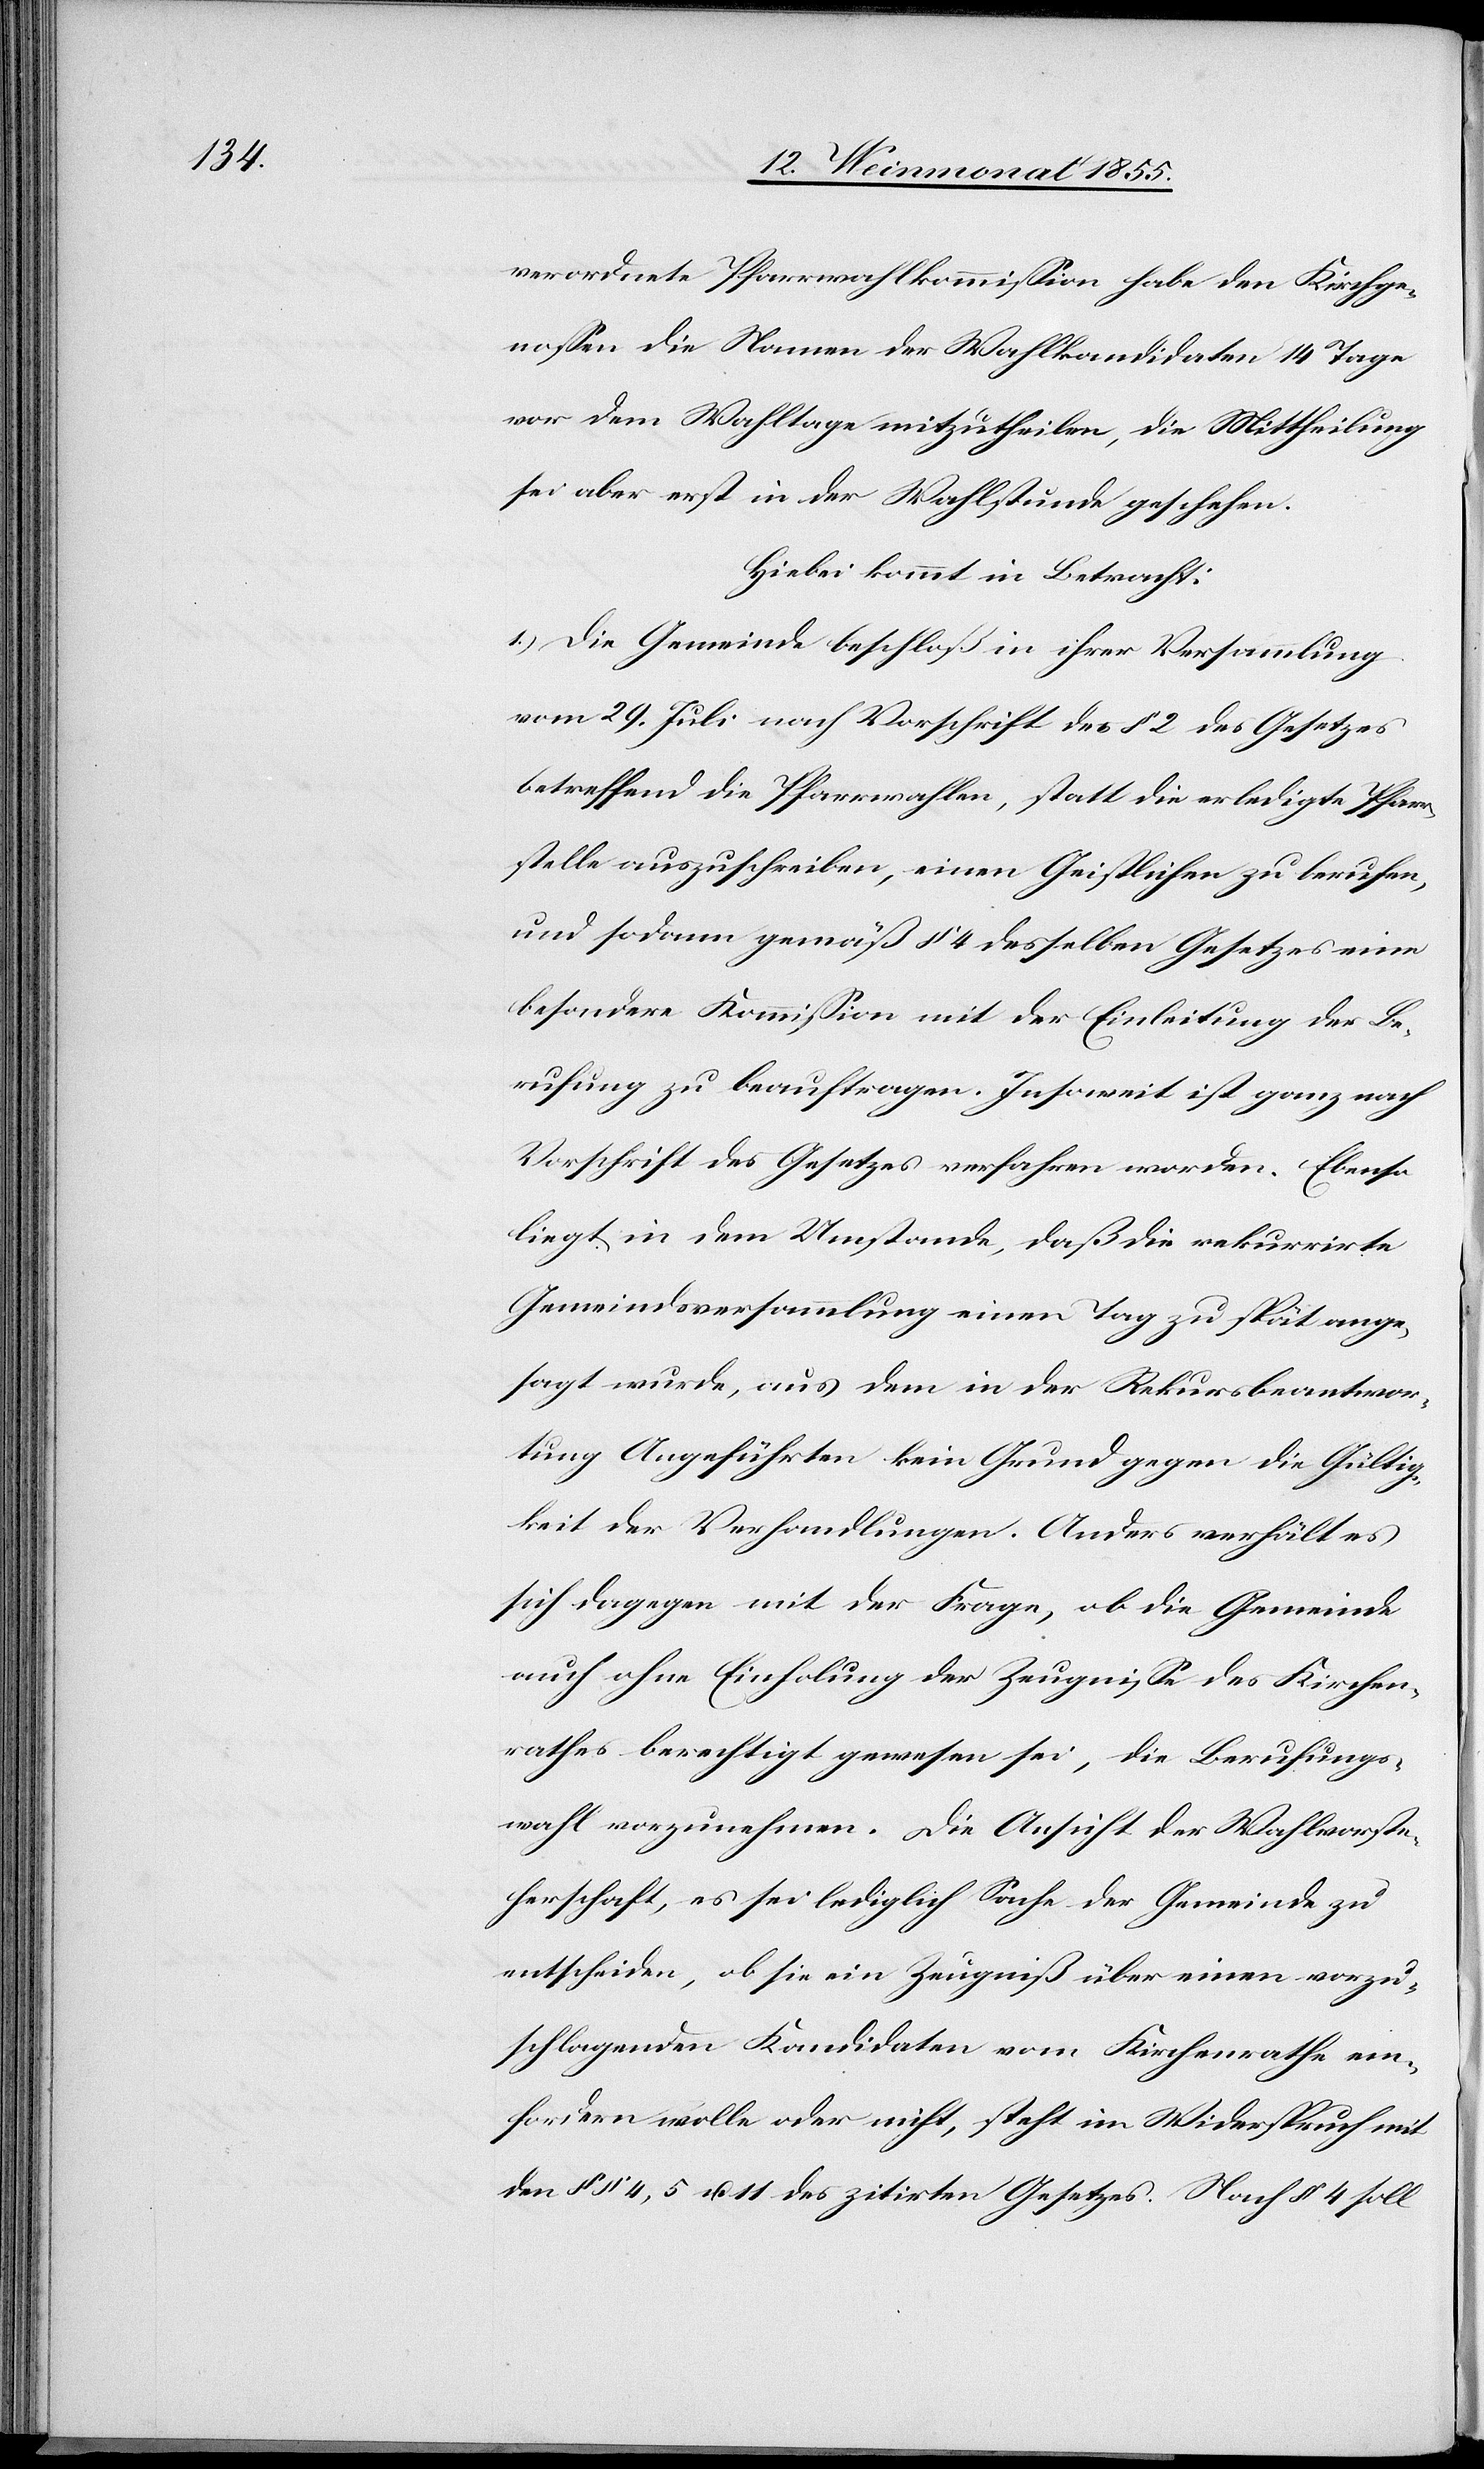
verordnete Pfarrwahlkommission habe den Kirchge¬
nossen die Namen der Wahlkandidaten 14 Tage
vor dem Wahltage mitzutheilen, die Mittheilung
sei aber erst in der Wahlstunde geschehen.
Hiebei kommt in Betracht:
1.) Die Gemeinde beschloß in ihrer Versammlung
vom 29. Juli nach Vorschrift des § 2 des Gesetzes
betreffend die Pfarrwahlen, statt die erledigte Pfarr¬
stelle auszuschreiben, einen Geistlichen zu berufen,
und sodann gemäß § 4 desselben Gesetzes eine
besondere Kommission mit der Einleitung der Be¬
rufung zu beauftragen. Insoweit ist ganz nach
Vorschrift des Gesetzes verfahren worden. Ebenso
liegt in dem Umstande, daß die rekurrirte
Gemeindsversammlung einen Tag zu spät ange¬
sagt wurde, aus dem in der Rekursbeantwor¬
tung Angeführten kein Grund gegen die Gültig¬
keit der Verhandlungen. Anders verhält es
sich dagegen mit der Frage, ob die Gemeinde
auch ohne Einholung der Zeugnisse des Kirchen¬
rathes berechtigt gewesen sei, die Berufungs¬
wahl vorzunehmen. Die Ansicht der Wahlvorste¬
herschaft, es sei lediglich Sache der Gemeinde zu
entscheiden, ob sie ein Zeugniß über einen vorzu¬
schlagenden Kandidaten vom Kirchenrathe ein¬
fordern wolle oder nicht, steht im Widerspruch mit
den §§ 4, 5 u. 11 des zitirten Gesetzes. Nach § 4 soll